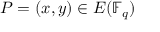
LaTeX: P = ( x , y ) \in E ( \mathbb { F } _ { q } )